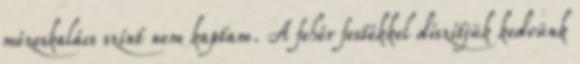
mézeskalács színt nem kaptam. A fehér festékkel díszítjük kedvünk